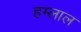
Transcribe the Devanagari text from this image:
हम्लाल